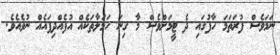
ނަމަވެސް ފުރަތަމަ ހާފުގައި ދެ ޓީމަށްވެސް މާ ގިނަ ހަމަލާތަކެއް އުފެއްދިފައެއް ނުވެއެވެ.